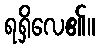
ရရှိလေ၏။